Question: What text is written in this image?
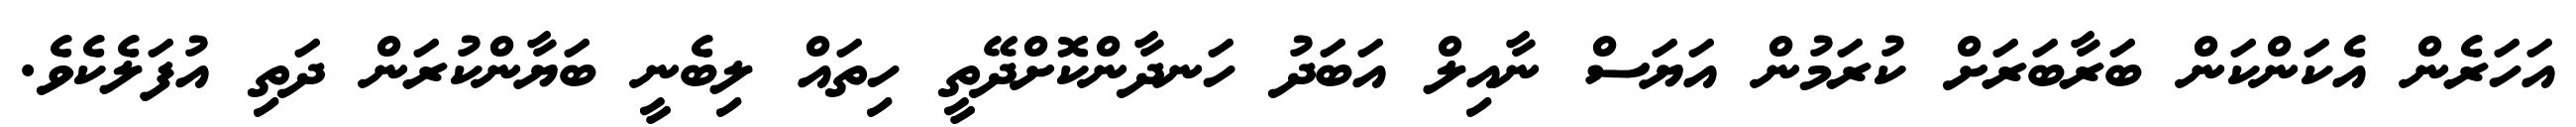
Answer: އަހަރެން އެކަންކަން ބަރާބަރަށް ކުރަމުން އަޔަސް ނާއިލް އަބަދު ހަނދާންކޮށްދޭތީ ހިތައް ލިބެނީ ބަޔާންކުރަން ދަތި އުފަލެކެވެ.